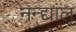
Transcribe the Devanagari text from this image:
नन्द्याल